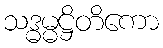
သဒ္ဓမ္မဋ္ဌိတိကော